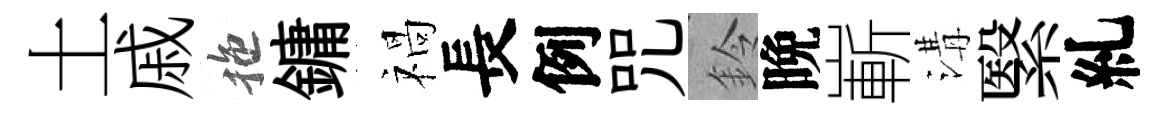
土戚拖鏞禍長例咒鈴晩嶄溝繄糺